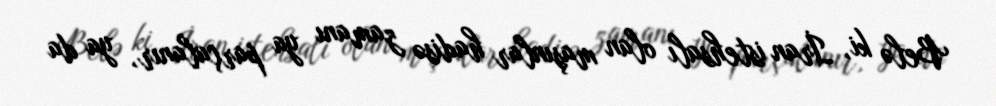
Belə ki, İran istehsalı olan maşınlar hadisə zamanı ya parçalanır, ya da